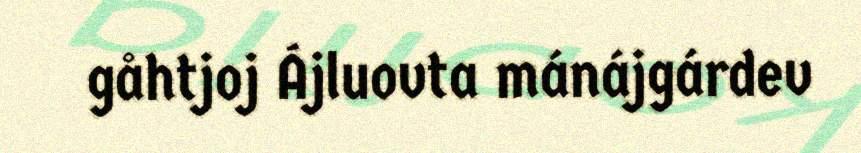
gåhtjoj Ájluovta mánájgárdev